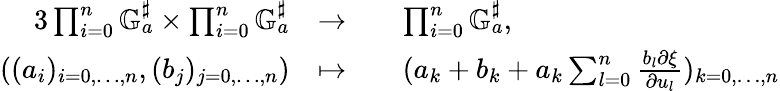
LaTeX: \begin{array}{rlrl}{{3}\textstyle\prod_{i=0}^{n}\mathbb{G}_{a}^{\sharp}\times\prod_{i=0}^{n}\mathbb{G}_{a}^{\sharp}}&{\to}&&{\textstyle\prod_{i=0}^{n}\mathbb{G}_{a}^{\sharp},}\\ {((a_{i})_{i=0,\dots,n},(b_{j})_{j=0,\dots,n})}&{\mapsto}&&{(a_{k}+b_{k}+a_{k}\textstyle\sum_{l=0}^{n}\frac{b_{l}\partial\xi}{\partial u_{l}})_{k=0,\dots,n}}\end{array}